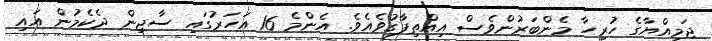
ޖަމިއްޔާގެ ހުރިހާ މެންބަރުންވެސް އިއްތިފާގުވެއެވެ. އެންމެ 16 އަހަރުގައި ސާޖިން ދެކެމުން އައި